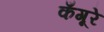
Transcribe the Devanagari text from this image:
कँगूरे